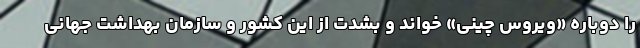
را دوباره «ویروس چینی» خواند و بشدت از این کشور و سازمان بهداشت جهانی